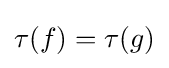
\tau (f)=\tau (g)